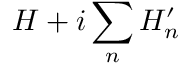
H + i \sum _ { n } H _ { n } ^ { \prime }